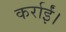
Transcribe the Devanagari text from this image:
कर्राईं।